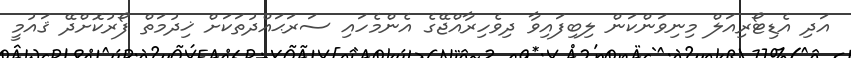
އަދި އެޑިޓޯރިއަލް މިނިވަންކަން ލިބިފައިވާ ދިވެހިރާއްޖޭގެ އެންމެހައި ސަރަޙައްދުތަކަށް ޚިދުމަތް ފޯރުކޮށްދޭ ޤައުމީ